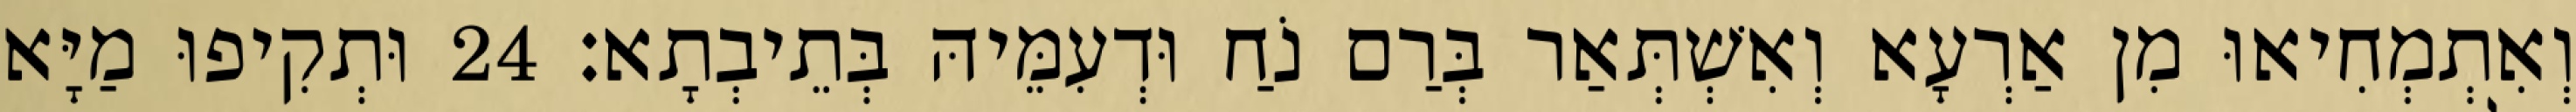
וְאִתְמְחִיאוּ מִן אַרְעָא וְאִשְׁתְּאַר בְּרַם נֹחַ וּדְעִמֵּיהּ בְּתֵיבְתָא׃ 24 וּתְקִיפוּ מַיָּא